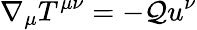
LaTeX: \nabla_{\mu}T^{\mu\nu}=-\mathcal{Q}u^{\nu}